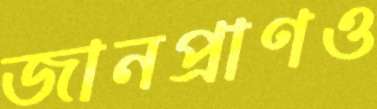
জানপ্রাণও